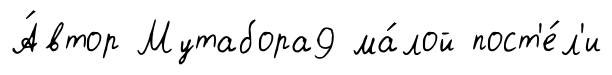
А́втор Мутабора9 ма́лой пост'е́л'и